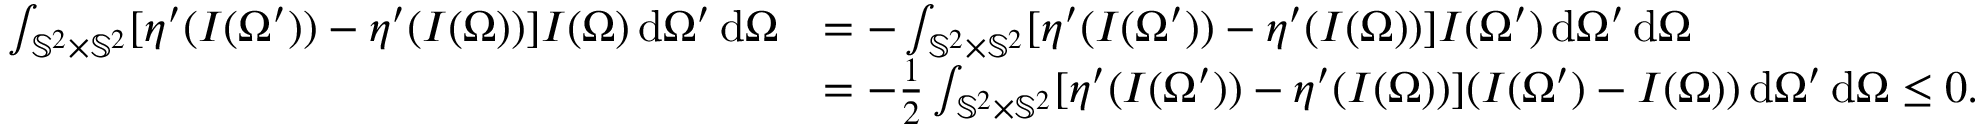
\begin{array} { r l } { \int _ { \mathbb { S } ^ { 2 } \times \mathbb { S } ^ { 2 } } [ \eta ^ { \prime } ( I ( \Omega ^ { \prime } ) ) - \eta ^ { \prime } ( I ( \Omega ) ) ] I ( \Omega ) \, \mathrm { d } \Omega ^ { \prime } \, \mathrm { d } \Omega } & { = - \int _ { \mathbb { S } ^ { 2 } \times \mathbb { S } ^ { 2 } } [ \eta ^ { \prime } ( I ( \Omega ^ { \prime } ) ) - \eta ^ { \prime } ( I ( \Omega ) ) ] I ( \Omega ^ { \prime } ) \, \mathrm { d } \Omega ^ { \prime } \, \mathrm { d } \Omega } \\ & { = - \frac { 1 } { 2 } \int _ { \mathbb { S } ^ { 2 } \times \mathbb { S } ^ { 2 } } [ \eta ^ { \prime } ( I ( \Omega ^ { \prime } ) ) - \eta ^ { \prime } ( I ( \Omega ) ) ] ( I ( \Omega ^ { \prime } ) - I ( \Omega ) ) \, \mathrm { d } \Omega ^ { \prime } \, \mathrm { d } \Omega \le 0 . } \end{array}